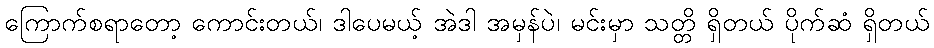
ကြောက်စရာတော့ ကောင်းတယ်၊ ဒါပေမယ့် အဲဒါ အမှန်ပဲ၊ မင်းမှာ သတ္တိ ရှိတယ် ပိုက်ဆံ ရှိတယ်